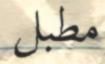
مطبل